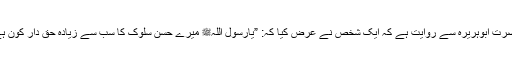
حضرت ابوہریرہؓ سے روایت ہے کہ ایک شخص نے عرض کیا کہ: ”یارسول اللہﷺ میرے حسن سلوک کا سب سے زیادہ حق دار کون ہے؟